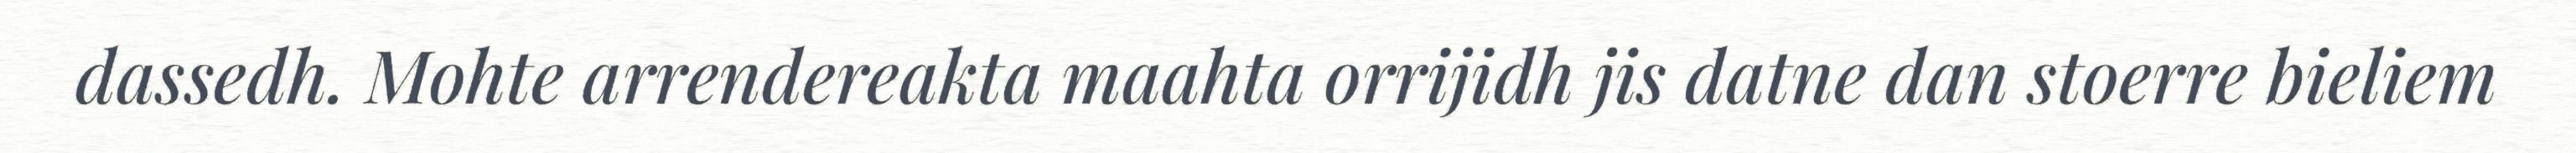
dassedh. Mohte arrendereakta maahta orrijidh jis datne dan stoerre bieliem